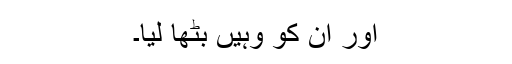
اور ان کو وہیں بٹھا لیا۔